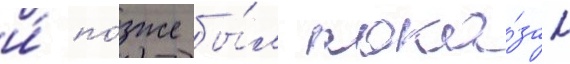
и́ по́зже бы́л пока́зан